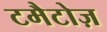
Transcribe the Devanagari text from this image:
टमैटोज़